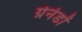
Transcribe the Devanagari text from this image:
ग्रेनेडों